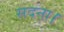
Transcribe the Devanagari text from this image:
सदना।